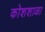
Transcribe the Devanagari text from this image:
कोशशाळा